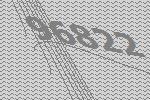
96822